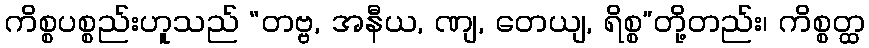
ကိစ္စပစ္စည်းဟူသည် “တဗ္ဗ, အနီယ, ဏျ, တေယျ, ရိစ္စ”တို့တည်း၊ ကိစ္စတ္ထ